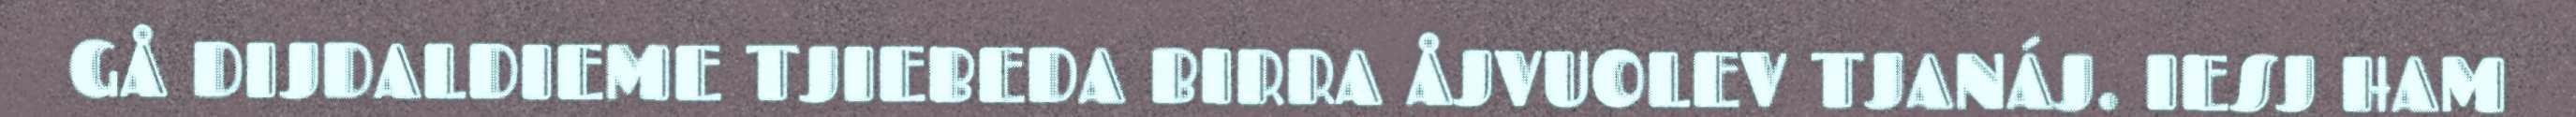
GÅ DIJDALDIEME TJIEBEDA BIRRA ÅJVUOLEV TJANÁJ. IESJ HAM